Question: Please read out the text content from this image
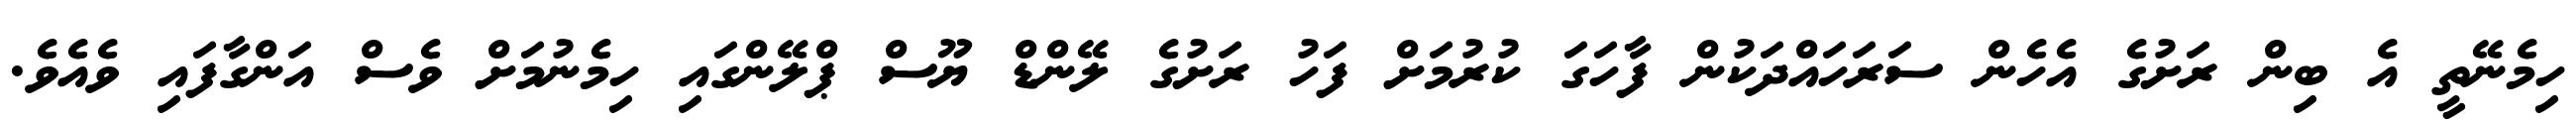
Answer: ހިމެނޭތީ އެ ބިން ރަށުގެ އެހެން ސަރަހައްދަކުން ފާހަގަ ކުރުމަށް ފަހު ރަށުގެ ލޭންޑް ޔޫސް ޕްލޭންގައި ހިމެނުމަށް ވެސް އަންގާފައި ވެއެވެ.